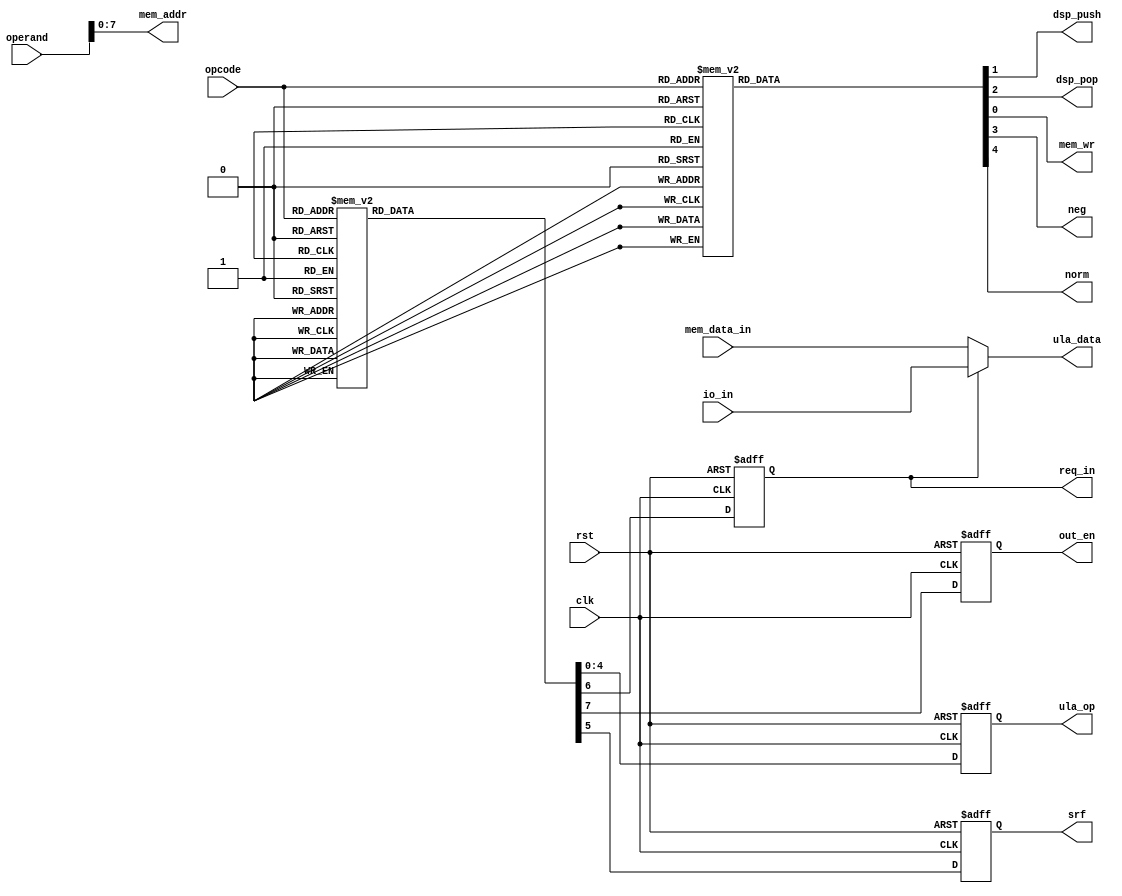
module instr_dec_fx
#(
	parameter NBDATA = 32,              // Numero de bits dos dados
	parameter NBOPCO = 6,               // Numero de bits de opcode
	parameter NBOPER = 9,               // Numero de bits de operando
	parameter MDATAW = 8                // Numero de bits de endereco da memoria de dados
)
(
	input                   clk, rst,
	input      [NBOPCO-1:0] opcode,
	input      [NBOPER-1:0] operand,

	output reg              dsp_push, dsp_pop,

	output reg [       4:0] ula_op,
	output     [NBDATA-1:0] ula_data,

	output reg              mem_wr,
	output     [MDATAW-1:0] mem_addr,
	input      [NBDATA-1:0] mem_data_in,

	input      [NBDATA-1:0] io_in,
	output reg              req_in, out_en,

	output reg              srf, neg, norm
);

always @ (posedge clk or posedge rst) begin
	if (rst) begin
						ula_op  <= 5'd0;
						srf     <= 1'b0;
						req_in  <= 1'b0;
						out_en  <= 1'b0;
	end else case (opcode)
			0   : begin
						ula_op  <= 5'd1;     // LOAD -> carrega accumulador com dado da memoria
						srf     <= 1'b0;
						req_in  <= 1'b0;
						out_en  <= 1'b0;
					end
			1   : begin
						ula_op  <= 5'd1;     // PLD  -> PUSH e LOAD
						srf     <= 1'b0;
						req_in  <= 1'b0;
						out_en  <= 1'b0;
					end
			2   : begin
						ula_op  <= 5'd0;     // SET  -> carrega memoria com valor do acumulador
						srf     <= 1'b0;
						req_in  <= 1'b0;
						out_en  <= 1'b0;
					end
			3   : begin
						ula_op  <= 5'd1;     // SETP -> SET e POP
						srf     <= 1'b0;
						req_in  <= 1'b0;
						out_en  <= 1'b0;
					end
			4   : begin
						ula_op  <= 5'd0;     // PUSH
						srf     <= 1'b0;
						req_in  <= 1'b0;
						out_en  <= 1'b0;
					end
			5   : begin
						ula_op  <= 5'd0;     // JZ
						srf     <= 1'b0;
						req_in  <= 1'b0;
						out_en  <= 1'b0;
					end
			6   : begin
						ula_op  <= 5'd0;     // JMP
						srf     <= 1'b0;
						req_in  <= 1'b0;
						out_en  <= 1'b0;
					end
			7   : begin
						ula_op  <= 5'd0;     // CALL
						srf     <= 1'b0;
						req_in  <= 1'b0;
						out_en  <= 1'b0;
					end
			8   : begin
						ula_op  <= 5'd0;     // RETURN
						srf     <= 1'b0;
						req_in  <= 1'b0;
						out_en  <= 1'b0;
					end
			9   : begin
						ula_op  <= 5'd0;     // SRF  -> Set Register File
						srf     <= 1'b1;
						req_in  <= 1'b0;
						out_en  <= 1'b0;
					end
			10  : begin
						ula_op  <= 5'd1;     // IN   -> Input de dados
						srf     <= 1'b0;
						req_in  <= 1'b1;
						out_en  <= 1'b0;
					end
			11  : begin
						ula_op  <= 5'd0;     // OUT  -> Output de Dados
						srf     <= 1'b0;
						req_in  <= 1'b0;
						out_en  <= 1'b1;
					end
			14  : begin
						ula_op  <= 5'd2;     // ADD -> adicao com a memoria
						srf     <= 1'b0;
						req_in  <= 1'b0;
						out_en  <= 1'b0;
					end
			15  : begin
						ula_op  <= 5'd2;     // SADD -> adicao com a pilha
						srf     <= 1'b0;
						req_in  <= 1'b0;
						out_en  <= 1'b0;
					end
			16  : begin
						ula_op  <= 5'd3;     // MLT -> multiplica dado da memoria com o acumulador
						srf     <= 1'b0;
						req_in  <= 1'b0;
						out_en  <= 1'b0;
					end
			17  : begin
						ula_op  <= 5'd3;     // SMLT -> multiplicacao com a pilha
						srf     <= 1'b0;
						req_in  <= 1'b0;
						out_en  <= 1'b0;
					end
			18  : begin
						ula_op  <= 5'd4;     // DIV  -> divide com memoria
						srf     <= 1'b0;
						req_in  <= 1'b0;
						out_en  <= 1'b0;
					end
			19  : begin
						ula_op  <= 5'd4;     // SDIV  -> divide com pilha
						srf     <= 1'b0;
						req_in  <= 1'b0;
						out_en  <= 1'b0;
					end
			20  : begin
						ula_op  <= 5'd5;     // MOD -> modulo da divisao com memoria
						srf     <= 1'b0;
						req_in  <= 1'b0;
						out_en  <= 1'b0;
					end
			21  : begin
						ula_op  <= 5'd5;     // SMOD -> modulo da divisao com pilha
						srf     <= 1'b0;
						req_in  <= 1'b0;
						out_en  <= 1'b0;
					end
			22  : begin
						ula_op  <= 5'd10;    // AND -> and bit a bit com memoria
						srf     <= 1'b0;
						req_in  <= 1'b0;
						out_en  <= 1'b0;
					end
			23  : begin
						ula_op  <= 5'd10;    // SAND -> and bit a bit com pilha
						srf     <= 1'b0;
						req_in  <= 1'b0;
						out_en  <= 1'b0;
					end
			24  : begin
						ula_op  <= 5'd10;    // LAND -> and logico com memoria
						srf     <= 1'b0;
						req_in  <= 1'b0;
						out_en  <= 1'b0;
					end
			25  : begin
						ula_op  <= 5'd10;    // SLAND -> and logico com pilha
						srf     <= 1'b0;
						req_in  <= 1'b0;
						out_en  <= 1'b0;
					end
			26  : begin
						ula_op  <= 5'd12;    // OR -> ou bit a bit com memoria
						srf     <= 1'b0;
						req_in  <= 1'b0;
						out_en  <= 1'b0;
					end
			27  : begin
						ula_op  <= 5'd12;    // SOR -> ou bit a bit com pilha
						srf     <= 1'b0;
						req_in  <= 1'b0;
						out_en  <= 1'b0;
					end
			28  : begin
						ula_op  <= 5'd12;    // LOR -> ou logico com memoria
						srf     <= 1'b0;
						req_in  <= 1'b0;
						out_en  <= 1'b0;
					end
			29  : begin
						ula_op  <= 5'd12;    // SLOR -> ou logico com pilha
						srf     <= 1'b0;
						req_in  <= 1'b0;
						out_en  <= 1'b0;
					end
			30  : begin
						ula_op  <= 5'd11;    // XOR -> ou exclusivo bit a bit com memoria
						srf     <= 1'b0;
						req_in  <= 1'b0;
						out_en  <= 1'b0;
					end
			31  : begin
						ula_op  <= 5'd11;    // SXOR -> ou exclusivo bit a bit com pilha
						srf     <= 1'b0;
						req_in  <= 1'b0;
						out_en  <= 1'b0;
					end
			36  : begin
						ula_op  <= 5'd9;     // INV  -> Inverte bit a bit o acumulador
						srf     <= 1'b0;     // LINV -> Inverte bit logico
						req_in  <= 1'b0;
						out_en  <= 1'b0;
					end
			38  : begin
						ula_op  <= 5'd15;    // EQU -> Igual com memoria
						srf     <= 1'b0;
						req_in  <= 1'b0;
						out_en  <= 1'b0;
					end
			39  : begin
						ula_op  <= 5'd15;    // SEQU -> Igual com a pilha
						srf     <= 1'b0;
						req_in  <= 1'b0;
						out_en  <= 1'b0;
					end
			40  : begin
						ula_op  <= 5'd14;    // GRE -> maior do que com memoria
						srf     <= 1'b0;
						req_in  <= 1'b0;
						out_en  <= 1'b0;
					end
			41  : begin
						ula_op  <= 5'd14;    // SGRE -> maior do que com pilha
						srf     <= 1'b0;
						req_in  <= 1'b0;
						out_en  <= 1'b0;
					end
			42: begin
						ula_op  <= 5'd13;    // LES -> Menor do que com memoria
						srf     <= 1'b0;
						req_in  <= 1'b0;
						out_en  <= 1'b0;
					end
			43: begin
						ula_op  <= 5'd13;    // SLES -> Menor do que com a pilha
						srf     <= 1'b0;
						req_in  <= 1'b0;
						out_en  <= 1'b0;
					end
			44  : begin
						ula_op  <= 5'd7;     // SHR  -> Shift pra direita com memoria
						srf     <= 1'b0;
						req_in  <= 1'b0;
						out_en  <= 1'b0;
					end
			45  : begin
						ula_op  <= 5'd7;     // SSHR  -> Shift pra direita com pilha
						srf     <= 1'b0;
						req_in  <= 1'b0;
						out_en  <= 1'b0;
					end
			46  : begin
						ula_op  <= 5'd6;     // SHL -> shift pra esquerda com memoria
						srf     <= 1'b0;
						req_in  <= 1'b0;
						out_en  <= 1'b0;
					end
			47  : begin
						ula_op  <= 5'd6;     // SSHL -> shift pra esquerda com pilha
						srf     <= 1'b0;
						req_in  <= 1'b0;
						out_en  <= 1'b0;
					end
			48  : begin
						ula_op  <= 5'd8;     // SRS -> Shift pra direita com sinal usando a memoria
						srf     <= 1'b0;
						req_in  <= 1'b0;
						out_en  <= 1'b0;
					end
			49  : begin
						ula_op  <= 5'd8;     // SSRS -> Shift pra direita com sinal usando a pilha
						srf     <= 1'b0;
						req_in  <= 1'b0;
						out_en  <= 1'b0;
					end
			50   : begin
						ula_op  <= 5'd0;     // PSET  -> carrega memoria com valor do acumulador
						srf     <= 1'b0;
					   req_in  <= 1'b0;
						out_en  <= 1'b0;
					end
			51   : begin
						ula_op  <= 5'd1;     // PSETP -> PSET e POP
						srf     <= 1'b0;
						req_in  <= 1'b0;
						out_en  <= 1'b0;
					end
			52  : begin
						ula_op  <= 5'd16;     // NORM -> Divisao por uma constante
						srf     <= 1'b0;
						req_in  <= 1'b0;
						out_en  <= 1'b0;
					end
			53  : begin
						ula_op  <= 5'd0;     // NORMS  -> faz a normalizacao e seta na variavel
						srf     <= 1'b0;
					   req_in  <= 1'b0;
						out_en  <= 1'b0;
					end
			54  : begin
						ula_op  <= 5'd17;     // ABS 
						srf     <= 1'b0;
						req_in  <= 1'b0;
						out_en  <= 1'b0;
					end					
		default: begin
						ula_op  <= 5'dx;
						srf     <= 1'bx;
						req_in  <= 1'bx;
						out_en  <= 1'bx;
					end
	endcase
end

always @ (*) begin
	case (opcode)
			0 : begin                        // LOAD
						mem_wr   <= 1'b0;
						dsp_push <= 1'b0;
						dsp_pop  <= 1'b0;
						neg      <= 1'b0;
						norm     <= 1'b0;
					end
			1 : begin                        // PLD
						mem_wr   <= 1'b1;
						dsp_push <= 1'b1;
						dsp_pop  <= 1'b0;
						neg      <= 1'b0;
						norm     <= 1'b0;
					end
			2 : begin                        // SET
						mem_wr   <= 1'b1;
						dsp_push <= 1'b0;
						dsp_pop  <= 1'b0;
						neg      <= 1'b0;
						norm     <= 1'b0;
					end
			3 : begin                        // SETP
						mem_wr   <= 1'b1;
						dsp_push <= 1'b0;
						dsp_pop  <= 1'b1;
						neg      <= 1'b0;
						norm     <= 1'b0;
					end
			4: begin                         // PUSH
						mem_wr   <= 1'b1;
						dsp_push <= 1'b1;
						dsp_pop  <= 1'b0;
						neg      <= 1'b0;
						norm     <= 1'b0;
					end
			5: begin                        // JZ
						mem_wr   <= 1'b0;
						dsp_push <= 1'b0;
						dsp_pop  <= 1'b0;
						neg      <= 1'b0;
						norm     <= 1'b0;
					end
			6: begin                        // JMP
						mem_wr   <= 1'b0;
						dsp_push <= 1'b0;
						dsp_pop  <= 1'b0;
						neg      <= 1'b0;
						norm     <= 1'b0;
					end
			7 : begin                        // CALL
						mem_wr   <= 1'b0;
						dsp_push <= 1'b0;
						dsp_pop  <= 1'b0;
						neg      <= 1'b0;
						norm     <= 1'b0;
					end
			8 : begin                        // RETURN
						mem_wr   <= 1'b0;
						dsp_push <= 1'b0;
						dsp_pop  <= 1'b0;
						neg      <= 1'b0;
						norm     <= 1'b0;
					end
			9 : begin                        // SRF
						mem_wr   <= 1'b0;
						dsp_push <= 1'b0;
						dsp_pop  <= 1'b1;
						neg      <= 1'b0;
						norm     <= 1'b0;
					end
			10: begin                        // IN
						mem_wr   <= 1'b0;
						dsp_push <= 1'b0;
						dsp_pop  <= 1'b1;
						neg      <= 1'b0;
						norm     <= 1'b0;
					end
			11: begin                        // OUT
						mem_wr   <= 1'b0;
						dsp_push <= 1'b0;
						dsp_pop  <= 1'b1;
						neg      <= 1'b0;
						norm     <= 1'b0;
					end
			14: begin                        // ADD
						mem_wr   <= 1'b0;
						dsp_push <= 1'b0;
						dsp_pop  <= 1'b0;
						neg      <= 1'b0;
						norm     <= 1'b0;
					end
			15: begin                        // SADD
						mem_wr   <= 1'b0;
						dsp_push <= 1'b0;
						dsp_pop  <= 1'b1;
						neg      <= 1'b0;
						norm     <= 1'b0;
					end
			16: begin                        // MLT
						mem_wr   <= 1'b0;
						dsp_push <= 1'b0;
						dsp_pop  <= 1'b0;
						neg      <= 1'b0;
						norm     <= 1'b0;
					end
			17: begin                        // SMLT
						mem_wr   <= 1'b0;
						dsp_push <= 1'b0;
						dsp_pop  <= 1'b1;
						neg      <= 1'b0;
						norm     <= 1'b0;
					end
			18: begin                        // DIV
						mem_wr   <= 1'b0;
						dsp_push <= 1'b0;
						dsp_pop  <= 1'b0;
						neg      <= 1'b0;
						norm     <= 1'b0;
					end
			19: begin                        // SDIV
						mem_wr   <= 1'b0;
						dsp_push <= 1'b0;
						dsp_pop  <= 1'b1;
						neg      <= 1'b0;
						norm     <= 1'b0;
					end
			20: begin                        // MOD
						mem_wr   <= 1'b0;
						dsp_push <= 1'b0;
						dsp_pop  <= 1'b0;
						neg      <= 1'b0;
						norm     <= 1'b0;
					end
			21: begin                        // SMOD
						mem_wr   <= 1'b0;
						dsp_push <= 1'b0;
						dsp_pop  <= 1'b1;
						neg      <= 1'b0;
						norm     <= 1'b0;
					end
			22: begin                        // AND
						mem_wr   <= 1'b0;
						dsp_push <= 1'b0;
						dsp_pop  <= 1'b0;
						neg      <= 1'b0;
						norm     <= 1'b0;
					end
			23: begin                        // SAND
						mem_wr   <= 1'b0;
						dsp_push <= 1'b0;
						dsp_pop  <= 1'b1;
						neg      <= 1'b0;
						norm     <= 1'b0;
					end
			24: begin                        // LAND
						mem_wr   <= 1'b0;
						dsp_push <= 1'b0;
						dsp_pop  <= 1'b0;
						neg      <= 1'b0;
						norm     <= 1'b0;
					end
			25: begin                        // SLAND
						mem_wr   <= 1'b0;
						dsp_push <= 1'b0;
						dsp_pop  <= 1'b1;
						neg      <= 1'b0;
						norm     <= 1'b0;
					end
			26: begin                        // OR
						mem_wr   <= 1'b0;
						dsp_push <= 1'b0;
						dsp_pop  <= 1'b0;
						neg      <= 1'b0;
						norm     <= 1'b0;
					end
			27: begin                        // SOR
						mem_wr   <= 1'b0;
						dsp_push <= 1'b0;
						dsp_pop  <= 1'b1;
						neg      <= 1'b0;
						norm     <= 1'b0;
					end
			28: begin                        // LOR
						mem_wr   <= 1'b0;
						dsp_push <= 1'b0;
						dsp_pop  <= 1'b0;
						neg      <= 1'b0;
						norm     <= 1'b0;
					end
			29: begin                        // SLOR
						mem_wr   <= 1'b0;
						dsp_push <= 1'b0;
						dsp_pop  <= 1'b1;
						neg      <= 1'b0;
						norm     <= 1'b0;
					end
			30: begin                        // XOR
						mem_wr   <= 1'b0;
						dsp_push <= 1'b0;
						dsp_pop  <= 1'b0;
						neg      <= 1'b0;
						norm     <= 1'b0;
					end
			31: begin                        // SXOR
						mem_wr   <= 1'b0;
						dsp_push <= 1'b0;
						dsp_pop  <= 1'b1;
						neg      <= 1'b0;
						norm     <= 1'b0;
					end
			34: begin                        // INV
						mem_wr   <= 1'b0;
						dsp_push <= 1'b0;
						dsp_pop  <= 1'b0;
						neg      <= 1'b0;
						norm     <= 1'b0;
					end
			38: begin                        // EQU
						mem_wr   <= 1'b0;
						dsp_push <= 1'b0;
						dsp_pop  <= 1'b0;
						neg      <= 1'b0;
						norm     <= 1'b0;
					end
			39: begin                        // SEQU
						mem_wr   <= 1'b0;
						dsp_push <= 1'b0;
						dsp_pop  <= 1'b1;
						neg      <= 1'b0;
						norm     <= 1'b0;
					end
			40: begin                        // GRE
						mem_wr   <= 1'b0;
						dsp_push <= 1'b0;
						dsp_pop  <= 1'b0;
						neg      <= 1'b0;
						norm     <= 1'b0;
					end
			41: begin                        // SGRE
						mem_wr   <= 1'b0;
						dsp_push <= 1'b0;
						dsp_pop  <= 1'b1;
						neg      <= 1'b0;
						norm     <= 1'b0;
					end
			42: begin                        // LES
						mem_wr   <= 1'b0;
						dsp_push <= 1'b0;
						dsp_pop  <= 1'b0;
						neg      <= 1'b0;
						norm     <= 1'b0;
					end
			43: begin                        // SLES
						mem_wr   <= 1'b0;
						dsp_push <= 1'b0;
						dsp_pop  <= 1'b1;
						neg      <= 1'b0;
						norm     <= 1'b0;
					end
			44: begin                        // SHR
						mem_wr   <= 1'b0;
						dsp_push <= 1'b0;
						dsp_pop  <= 1'b0;
						neg      <= 1'b0;
						norm     <= 1'b0;
					end
			45: begin                        // SSHR
						mem_wr   <= 1'b0;
						dsp_push <= 1'b0;
						dsp_pop  <= 1'b1;
						neg      <= 1'b0;
						norm     <= 1'b0;
					end
			46: begin                        // SHL
						mem_wr   <= 1'b0;
						dsp_push <= 1'b0;
						dsp_pop  <= 1'b0;
						neg      <= 1'b0;
						norm     <= 1'b0;
					end
			47: begin                        // SSHL
						mem_wr   <= 1'b0;
						dsp_push <= 1'b0;
						dsp_pop  <= 1'b1;
						neg      <= 1'b0;
						norm     <= 1'b0;
					end
			48: begin                        // SRS
						mem_wr   <= 1'b0;
						dsp_push <= 1'b0;
						dsp_pop  <= 1'b0;
						neg      <= 1'b0;
						norm     <= 1'b0;
					end
			49: begin                        // SSRS
						mem_wr   <= 1'b0;
						dsp_push <= 1'b0;
						dsp_pop  <= 1'b1;
						neg      <= 1'b0;
						norm     <= 1'b0;
					end
			50: begin                        // PSET -> carrega memoria com o valor do acumulador e zero se for negativo
						mem_wr   <= 1'b1;
						dsp_push <= 1'b0;
						dsp_pop  <= 1'b0;
						neg      <= 1'b1;
						norm     <= 1'b0;
					end
			51: begin                        // PSETP -> PSET  e POP
						mem_wr   <= 1'b1;
						dsp_push <= 1'b0;
						dsp_pop  <= 1'b1;
						neg      <= 1'b1;
						norm     <= 1'b0;
					end
			52: begin                        // NORM
						mem_wr   <= 1'b0;
						dsp_push <= 1'b0;
						dsp_pop  <= 1'b0;
						neg      <= 1'b0;
						norm     <= 1'b0;
					end
			53: begin                        // NORMS 
						mem_wr   <= 1'b1;
						dsp_push <= 1'b0;
						dsp_pop  <= 1'b0;
						neg      <= 1'b0;
						norm     <= 1'b1;
					end
			54: begin                        // ABS
						mem_wr   <= 1'b0;
						dsp_push <= 1'b0;
						dsp_pop  <= 1'b0;
						neg      <= 1'b0;
						norm     <= 1'b0;
					end					
		default: begin
						mem_wr   <= 1'bx;
						dsp_push <= 1'bx;
						dsp_pop  <= 1'bx;
						neg      <= 1'bx;
						norm     <= 1'bx;
					end
	endcase
end

assign ula_data = (req_in) ? io_in : mem_data_in;
assign mem_addr = operand[MDATAW-1:0];

endmodule